65_HS1-834228961_62-HQ-83894_Section_3
Agency: FBI
Page 70
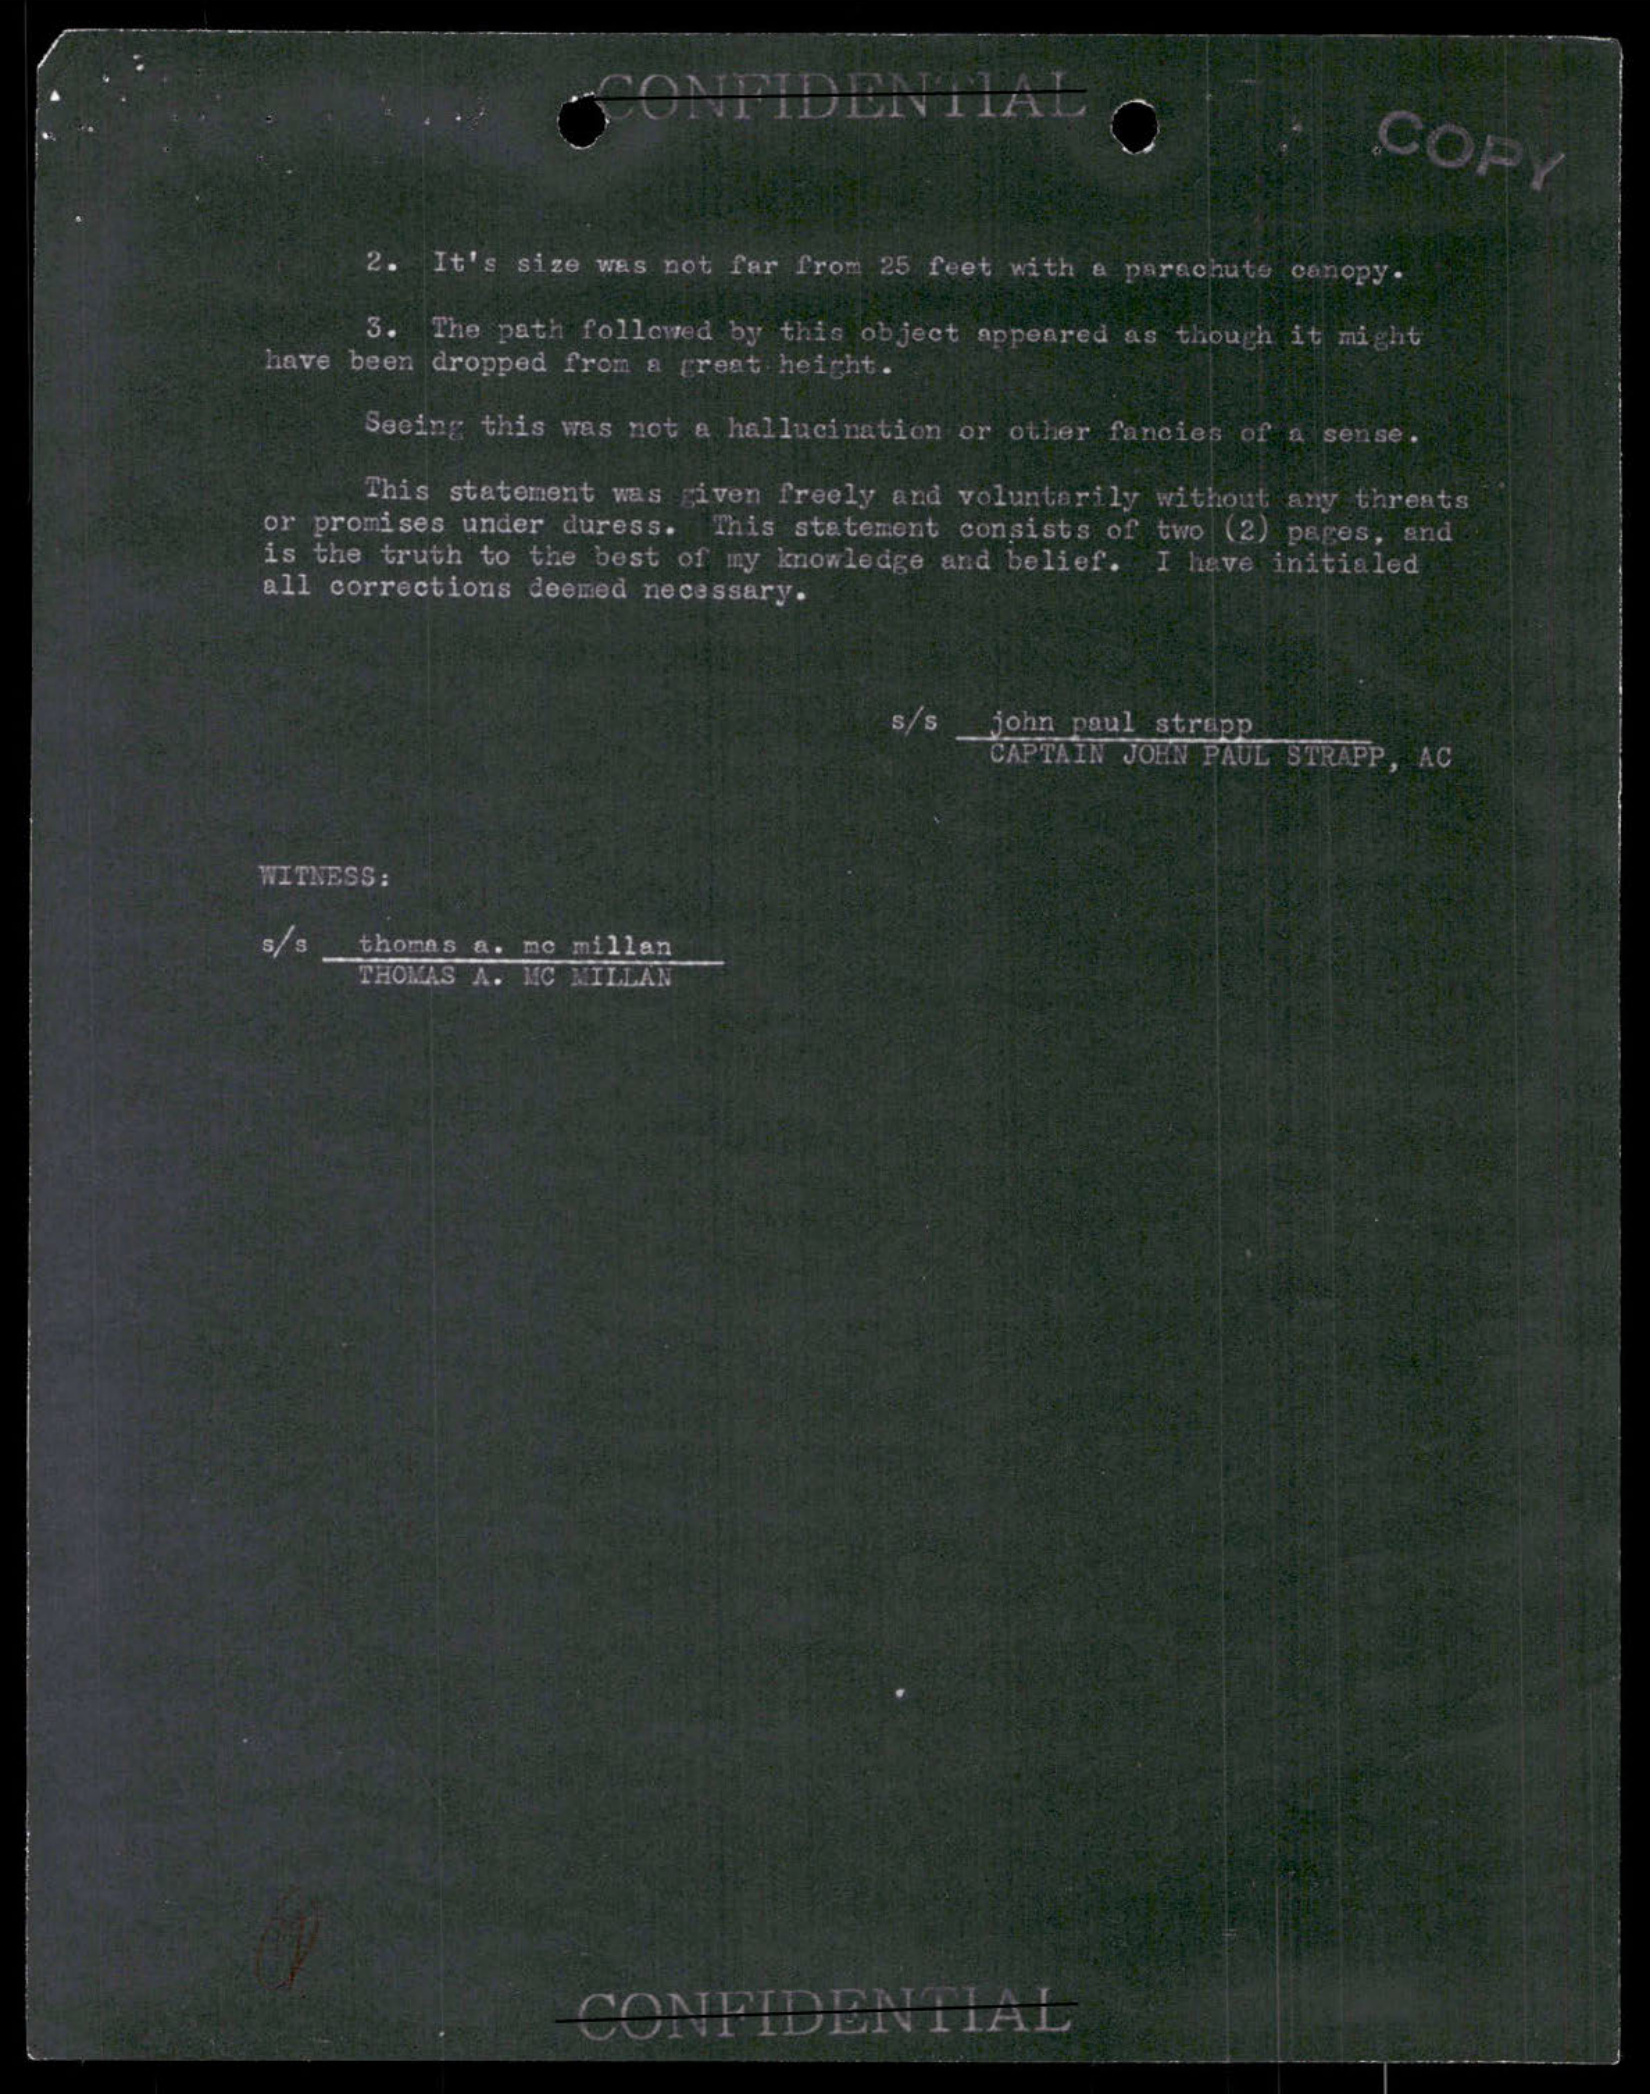